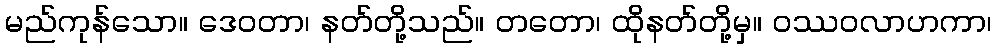
မည်ကုန်သော။ ဒေဝတာ၊ နတ်တို့သည်။ တတော၊ ထိုနတ်တို့မှ။ ဝဿဝလာဟကာ၊